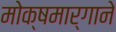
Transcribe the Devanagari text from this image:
मोक्षमार्गाने